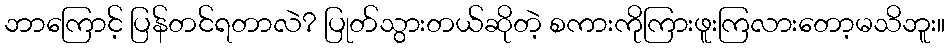
ဘာကြောင့် ပြန်တင်ရတာလဲ? ပြုတ်သွားတယ်ဆိုတဲ့ စကားကိုကြားဖူးကြလားတော့မသိဘူး။